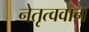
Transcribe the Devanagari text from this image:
नेतृत्ववान